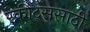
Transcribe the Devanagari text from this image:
स्कीट्ससाठी